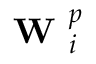
\textbf { W } _ { i } ^ { p }